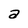
Character: a